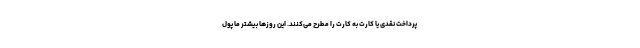
پرداخت نقدی یا کارت به کارت را مطرح می‌کنند. این روزها بیشتر ما پول